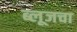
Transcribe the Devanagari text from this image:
ब्लूजचा